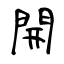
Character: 開